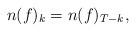
LaTeX: \begin{align*} n(f)_{k} = n(f)_{T-k}, \end{align*}